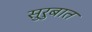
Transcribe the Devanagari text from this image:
सुरुबात